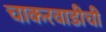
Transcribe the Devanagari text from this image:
चाकरवाडीची